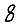
Digit: 8